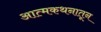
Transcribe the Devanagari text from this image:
आत्मकथनातून